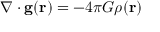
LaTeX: \nabla \cdot \mathbf { g } ( \mathbf { r } ) = - 4 \pi G \rho ( \mathbf { r } )